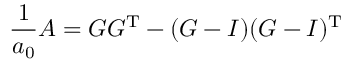
{ \frac { 1 } { a _ { 0 } } } A = G G ^ { \operatorname { T } } - ( G - I ) ( G - I ) ^ { \operatorname { T } }